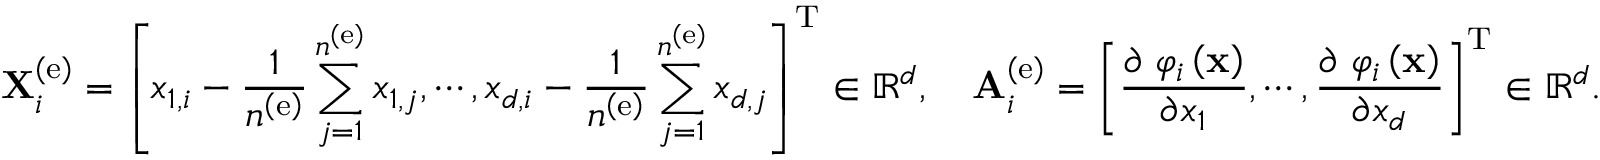
{ \bf X } _ { i } ^ { \left( \mathrm { e } \right) } = \left[ x _ { 1 , i } - \frac { 1 } { n ^ { \left( \mathrm { e } \right) } } \sum _ { j = 1 } ^ { n ^ { \left( \mathrm { e } \right) } } x _ { 1 , j } , \cdots , x _ { d , i } - \frac { 1 } { n ^ { \left( \mathrm { e } \right) } } \sum _ { j = 1 } ^ { n ^ { \left( \mathrm { e } \right) } } x _ { d , j } \right] ^ { \mathrm { T } } \in \mathbb { R } ^ { d } , \quad { \bf A } _ { i } ^ { \left( \mathrm { e } \right) } = \left[ { \frac { { \partial { \bf \Pi } { \varphi _ { i } } \left( { \bf { x } } \right) } } { { \partial x _ { 1 } } } } , \cdots , { \frac { { \partial { \bf \Pi } { \varphi _ { i } } \left( { \bf { x } } \right) } } { { \partial x _ { d } } } } \right] ^ { \mathrm { T } } \in \mathbb { R } ^ { d } .